画像に写った文字を読んでください
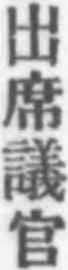
「出席議官」と書いてあります